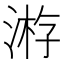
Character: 𣸯